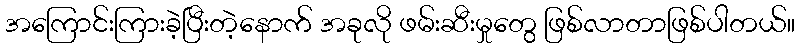
အကြောင်းကြားခဲ့ပြီးတဲ့နောက် အခုလို ဖမ်းဆီးမှုတွေ ဖြစ်လာတာဖြစ်ပါတယ်။